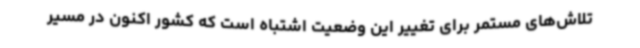
تلاش‌های مستمر برای تغییر این وضعیت اشتباه است که کشور اکنون در مسیر